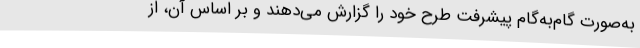
به‌صورت گام‌به‌گام پیشرفت طرح خود را گزارش می‌دهند و بر اساس آن، از